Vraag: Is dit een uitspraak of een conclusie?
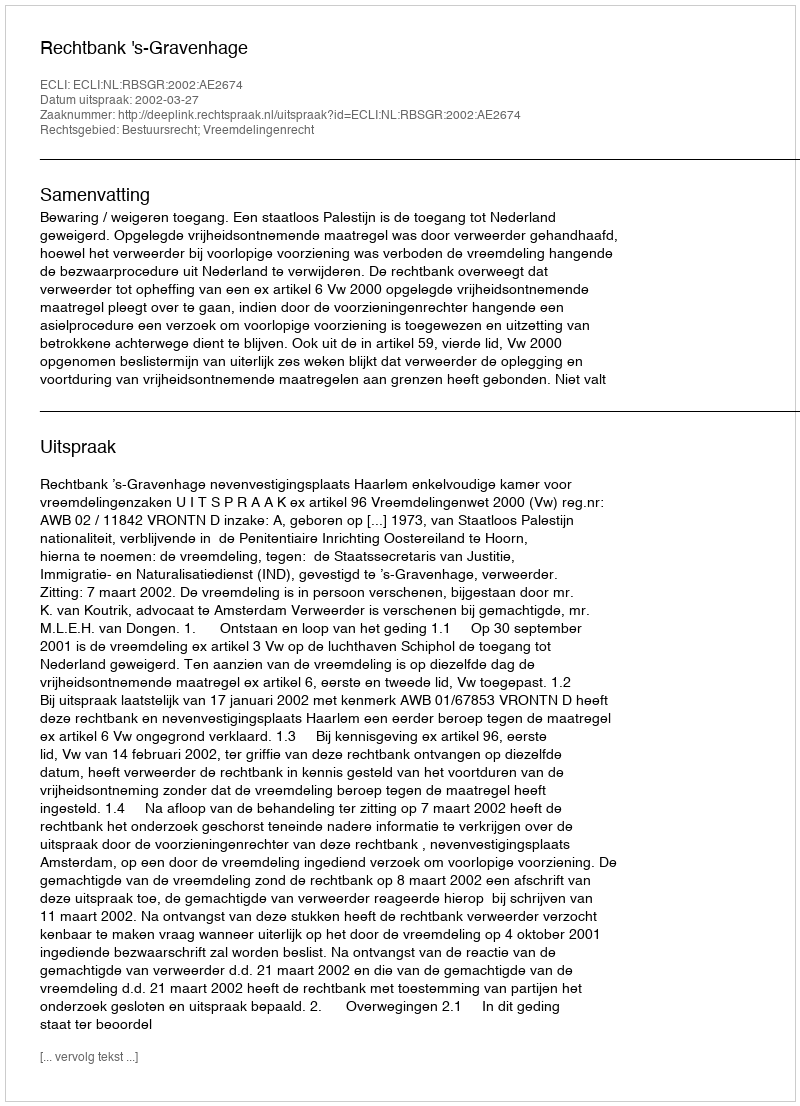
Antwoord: Uitspraak